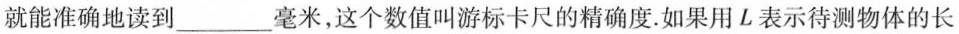
就能准确地读到___毫米，这个数值叫游标卡尺的精确度.如果用L表示待测物体的长